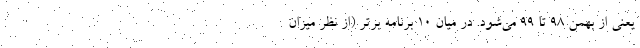
یعنی از بهمن ۹۸ تا ۹۹ می‌شود. در میان ۱۰ برنامه برتر (از نظر میزان